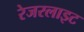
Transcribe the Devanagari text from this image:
रेजरलाइट